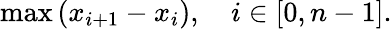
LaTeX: \operatorname*{max}\left(x_{i+1}-x_{i}\right),\quad i\in[0,n-1].